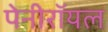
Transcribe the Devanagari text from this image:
पेनीरॉयल